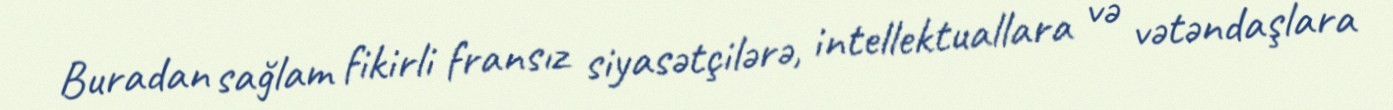
Buradan sağlam fikirli fransız siyasətçilərə, intellektuallara və vətəndaşlara